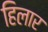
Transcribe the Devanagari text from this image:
हिलार